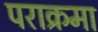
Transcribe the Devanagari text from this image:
पराक्रमा